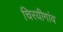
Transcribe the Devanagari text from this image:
चिरयीगांव